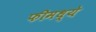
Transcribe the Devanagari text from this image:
फीमध्ये